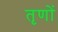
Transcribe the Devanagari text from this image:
तृणों